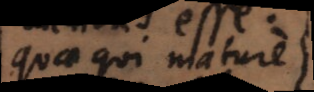
quae qui mature